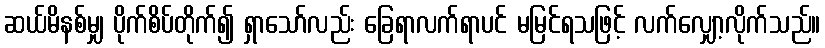
ဆယ်မိနစ်မျှ ပိုက်စိပ်တိုက်၍ ရှာသော်လည်း ခြေရာလက်ရာပင် မမြင်ရသဖြင့် လက်လျှော့လိုက်သည်။